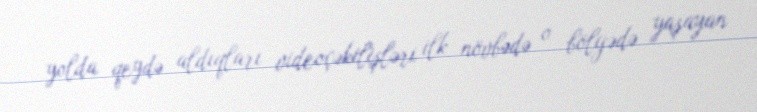
yolda qeydə aldıqları videoçəkilişləri ilk növbədə o bölgədə yaşayan